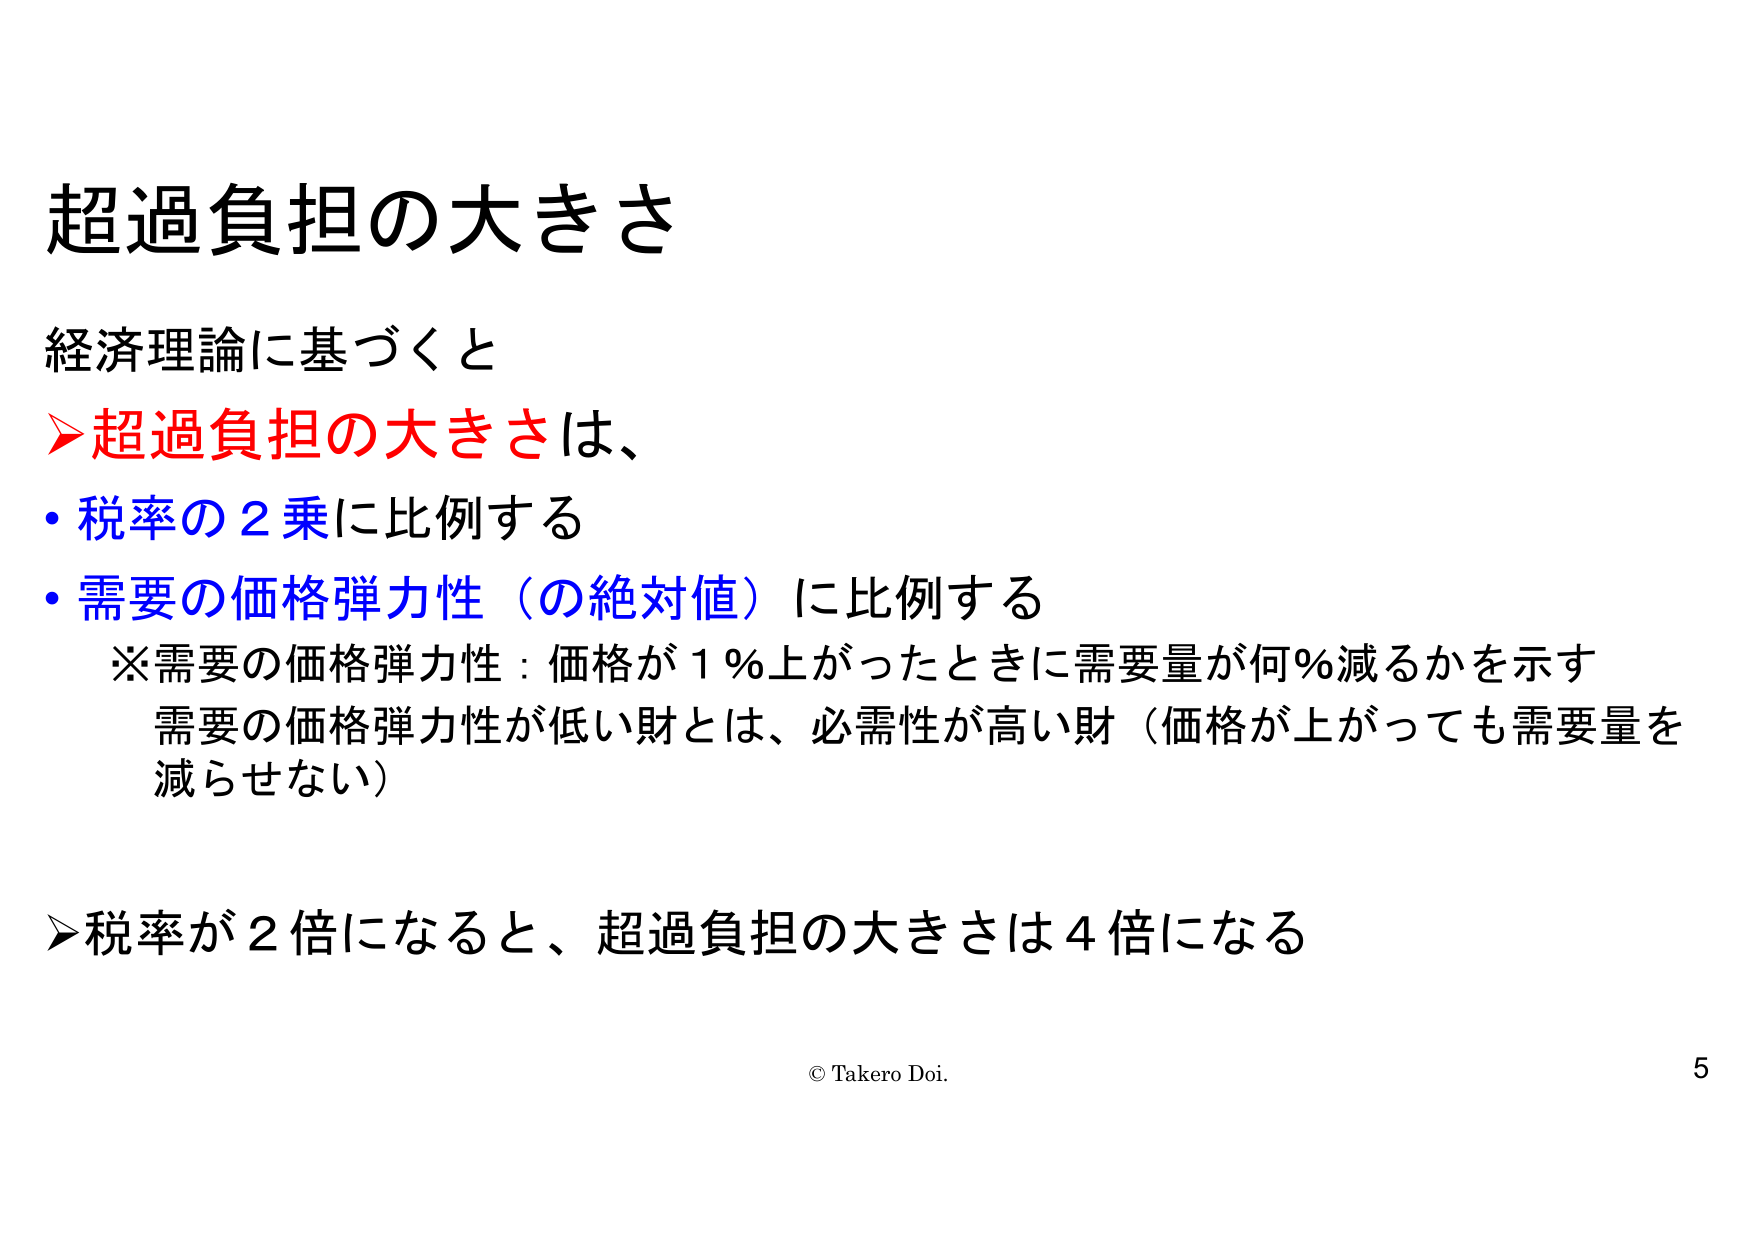
超過負担の大きさ

経済理論に基づくと
➤超過負担の大きさは、
・税率の２乗に比例する
・需要の価格弾力性（の絶対値）に比例する
　※需要の価格弾力性：価格が１％上がったときに需要量が何％減るかを示す
　　需要の価格弾力性が低い財とは、必需性が高い財（価格が上がっても需要量を
　　減らせない）

➤税率が２倍になると、超過負担の大きさは４倍になる

© Takero Doi.
5